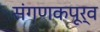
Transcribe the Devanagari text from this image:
संगणकपूर्व